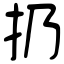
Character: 扔